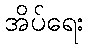
အိပ်ရေး